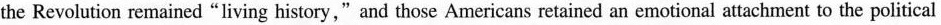
the Revolution remained "living history," and those Americans retained an emotional attachment to the political